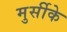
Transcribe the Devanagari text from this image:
मुर्सीके